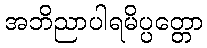
အဘိညာပါရမိပ္ပတ္တော